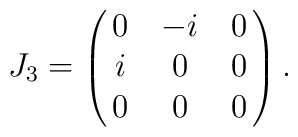
J_{3} = \pmatrix{0 & -i & 0 \cr i & 0 & 0 \cr 0 & 0 & 0} .